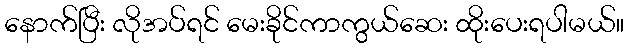
နောက်ပြီး လိုအပ်ရင် မေးခိုင်ကာကွယ်ဆေး ထိုးပေးရပါမယ်။